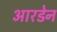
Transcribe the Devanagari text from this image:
आरडेन